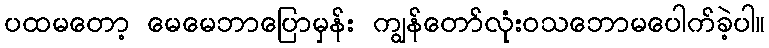
ပထမတော့ မေမေဘာပြောမှန်း ကျွန်တော်လုံးဝသဘောမပေါက်ခဲ့ပါ။